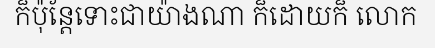
ក៏ប៉ុន្តែទោះជាយ៉ាងណា ក៏ដោយក៏ លោក